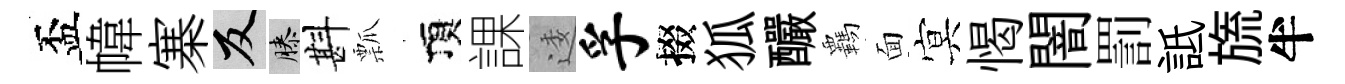
盃幃寨反膝斟瓢頂課逶孚掇狐釅覊面㝠愒闇罰詆旒半